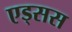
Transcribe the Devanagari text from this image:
एड्सस